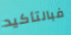
فبالتأكيد